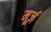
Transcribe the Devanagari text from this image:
मूर्ज़